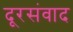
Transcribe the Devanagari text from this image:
दूरसंवाद